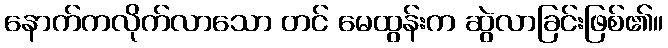
နောက်ကလိုက်လာသော တင် မေထွန်းက ဆွဲလာခြင်းဖြစ်၏။